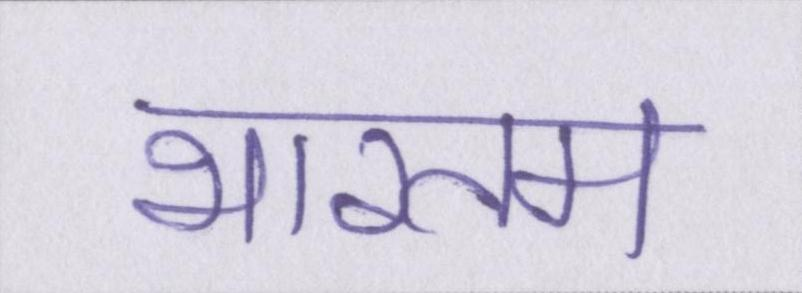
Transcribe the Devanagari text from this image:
भारतम